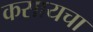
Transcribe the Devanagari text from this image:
कसायचा